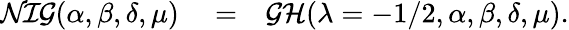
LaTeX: \begin{array}{rlr}{\mathcal{NIG}(\alpha,\beta,\delta,\mu)}&{{}=}&{\mathcal{GH}(\lambda=-1/2,\alpha,\beta,\delta,\mu).}\end{array}